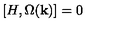
[ H , \Omega ( { \bf k } ) ] = 0